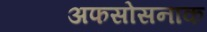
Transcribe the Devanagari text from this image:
अफसोसनाक